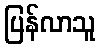
ပြန်လာသူ